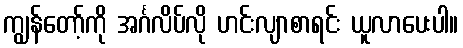
ကျွန်တော့်ကို အင်္ဂလိပ်လို ဟင်းလျာစာရင်း ယူလာပေးပါ။